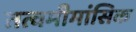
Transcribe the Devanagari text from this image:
तत्वमीमांसिक